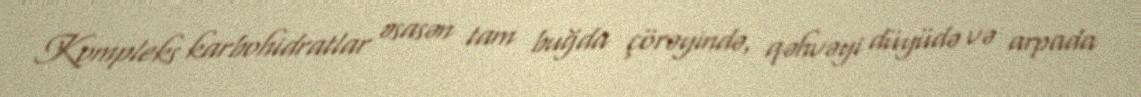
Kompleks karbohidratlar əsasən tam buğda çörəyində, qəhvəyi düyüdə və arpada